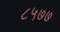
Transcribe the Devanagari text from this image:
८५७७